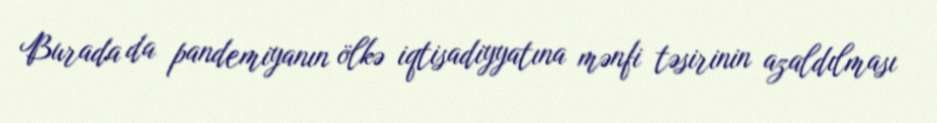
Burada da pandemiyanın ölkə iqtisadiyyatına mənfi təsirinin azaldılması